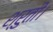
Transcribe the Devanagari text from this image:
श्रुती।